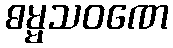
ဓမ္မသဝဏေ